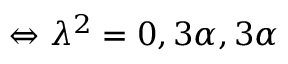
\Leftrightarrow \lambda ^ { 2 } = 0 , 3 \alpha , 3 \alpha